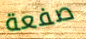
صفعة